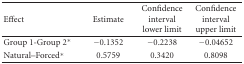
| Effect | Estimate | Confidence intervallower limit | Confidence intervalupper limit |
 | --- | --- | --- | --- |
 | Group 1-Group 2* | −0.1352 | −0.2238 | −0.04652 |
 | Natural–Forced* | 0.5759 | 0.3420 | 0.8098 |